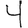
Digit: 4